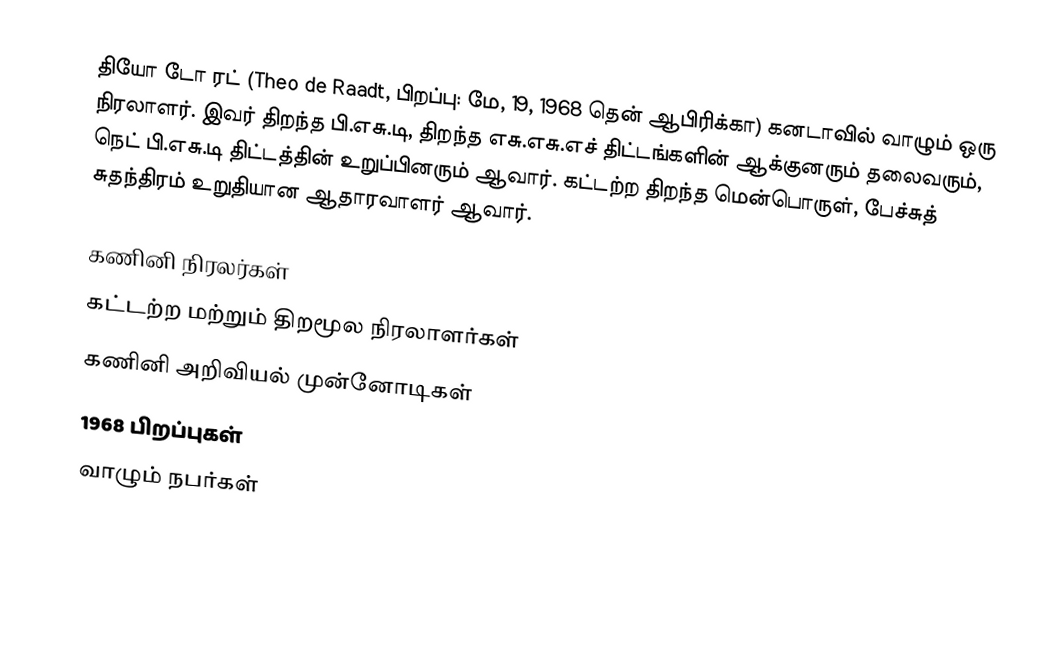
தியோ டோ ரட் (Theo de Raadt, பிறப்பு: மே, 19, 1968 தென் ஆபிரிக்கா) கனடாவில் வாழும் ஒரு நிரலாளர்.  இவர் திறந்த பி.எசு.டி, திறந்த எசு.எசு.எச் திட்டங்களின் ஆக்குனரும் தலைவரும், நெட் பி.எசு.டி திட்டத்தின் உறுப்பினரும் ஆவார்.  கட்டற்ற திறந்த மென்பொருள், பேச்சுத் சுதந்திரம் உறுதியான ஆதாரவாளர் ஆவார்.

கணினி நிரலர்கள்
கட்டற்ற மற்றும் திறமூல நிரலாளர்கள்
கணினி அறிவியல் முன்னோடிகள்
1968 பிறப்புகள்
வாழும் நபர்கள்